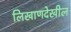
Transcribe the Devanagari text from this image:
लिखाणदेखील